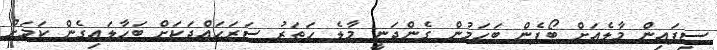
ސިފައިން މާލެއަށް ބޯފެން ބަހަމުން ގެންދަނީ މާލެ ހަތަރު ސަރަޙައްދަކަށް ބަހާލައިގެން ކަމަށް